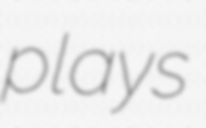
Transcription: plays